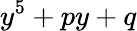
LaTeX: y^{5}+py+q